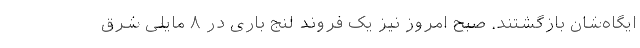
ایگاه‌شان بازگشتند. صبح امروز نیز یک فروند لنج باری در ۸ مایلی شرق